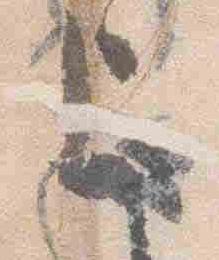
上